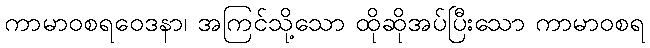
ကာမာဝစရဝေဒနာ၊ အကြင်သို့သော ထိုဆိုအပ်ပြီးသော ကာမာဝစရ